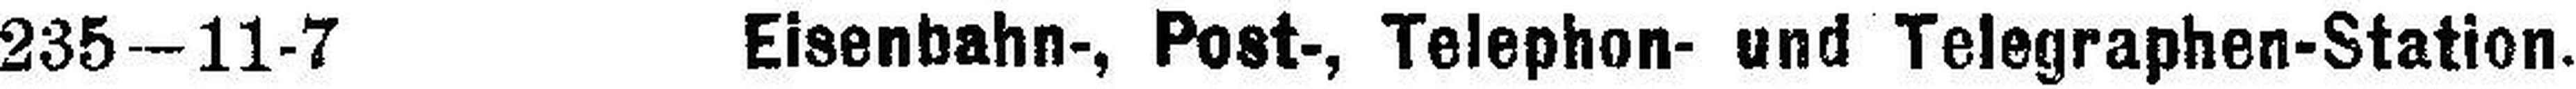
235 – 11-7 Eisenbahn-, Post-, Telephon- und Telegraphen-Station.